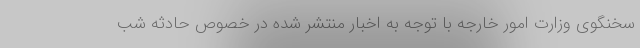
سخنگوی وزارت امور خارجه با توجه به اخبار منتشر شده در خصوص حادثه شب